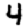
Digit: 4